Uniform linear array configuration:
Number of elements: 48
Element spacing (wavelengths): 1
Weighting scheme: exponential
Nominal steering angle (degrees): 60
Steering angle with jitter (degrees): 59.001
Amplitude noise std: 0.05
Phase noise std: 0.05

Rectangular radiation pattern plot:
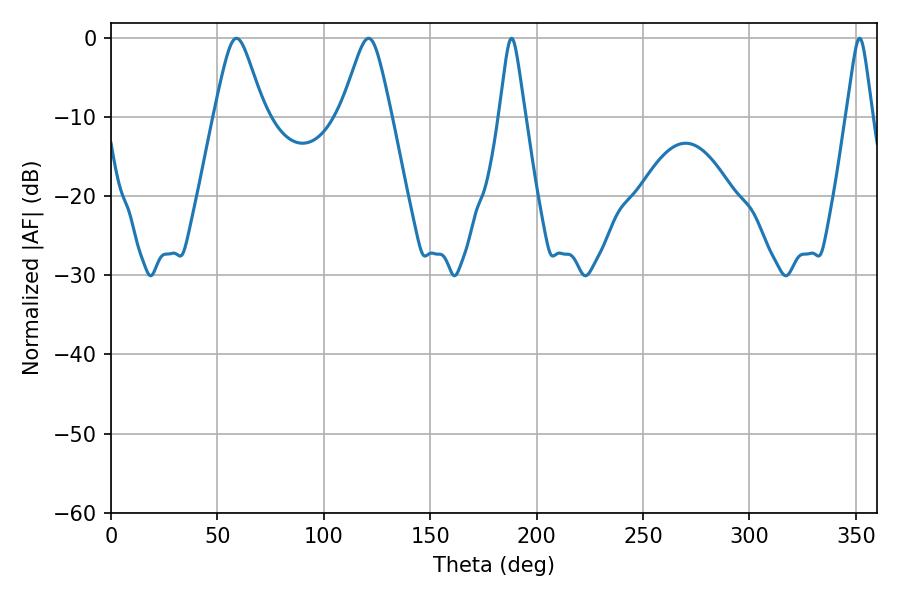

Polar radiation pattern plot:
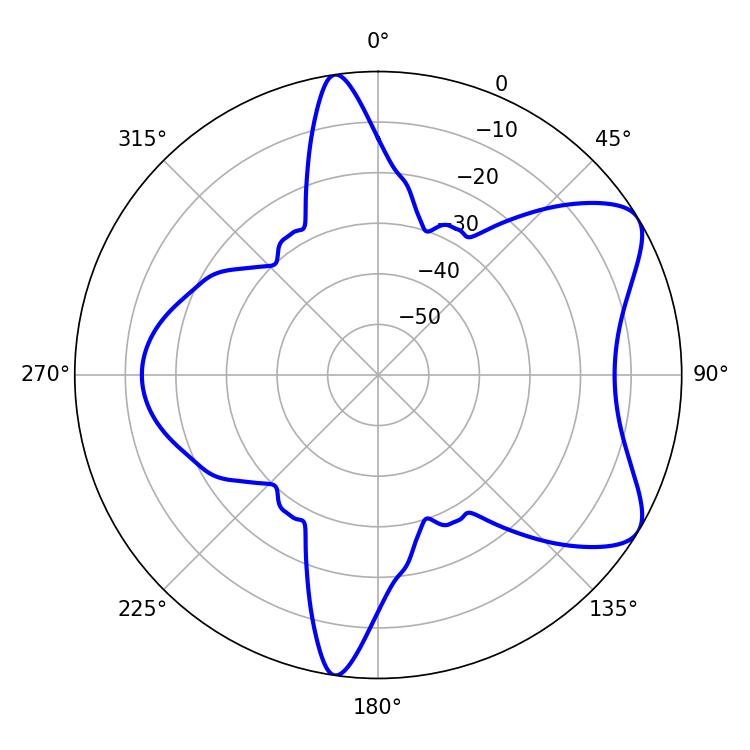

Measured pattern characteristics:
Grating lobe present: TRUE
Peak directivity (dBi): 7.325
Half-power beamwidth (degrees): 11.34
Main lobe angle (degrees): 59.04